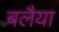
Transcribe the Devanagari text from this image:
बलैया